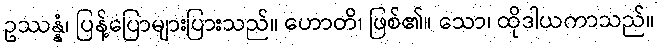
ဥဿန္နံ၊ ပြန့်ပြောများပြားသည်။ ဟောတိ၊ ဖြစ်၏။ သော၊ ထိုဒါယကာသည်။